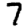
Digit: 7